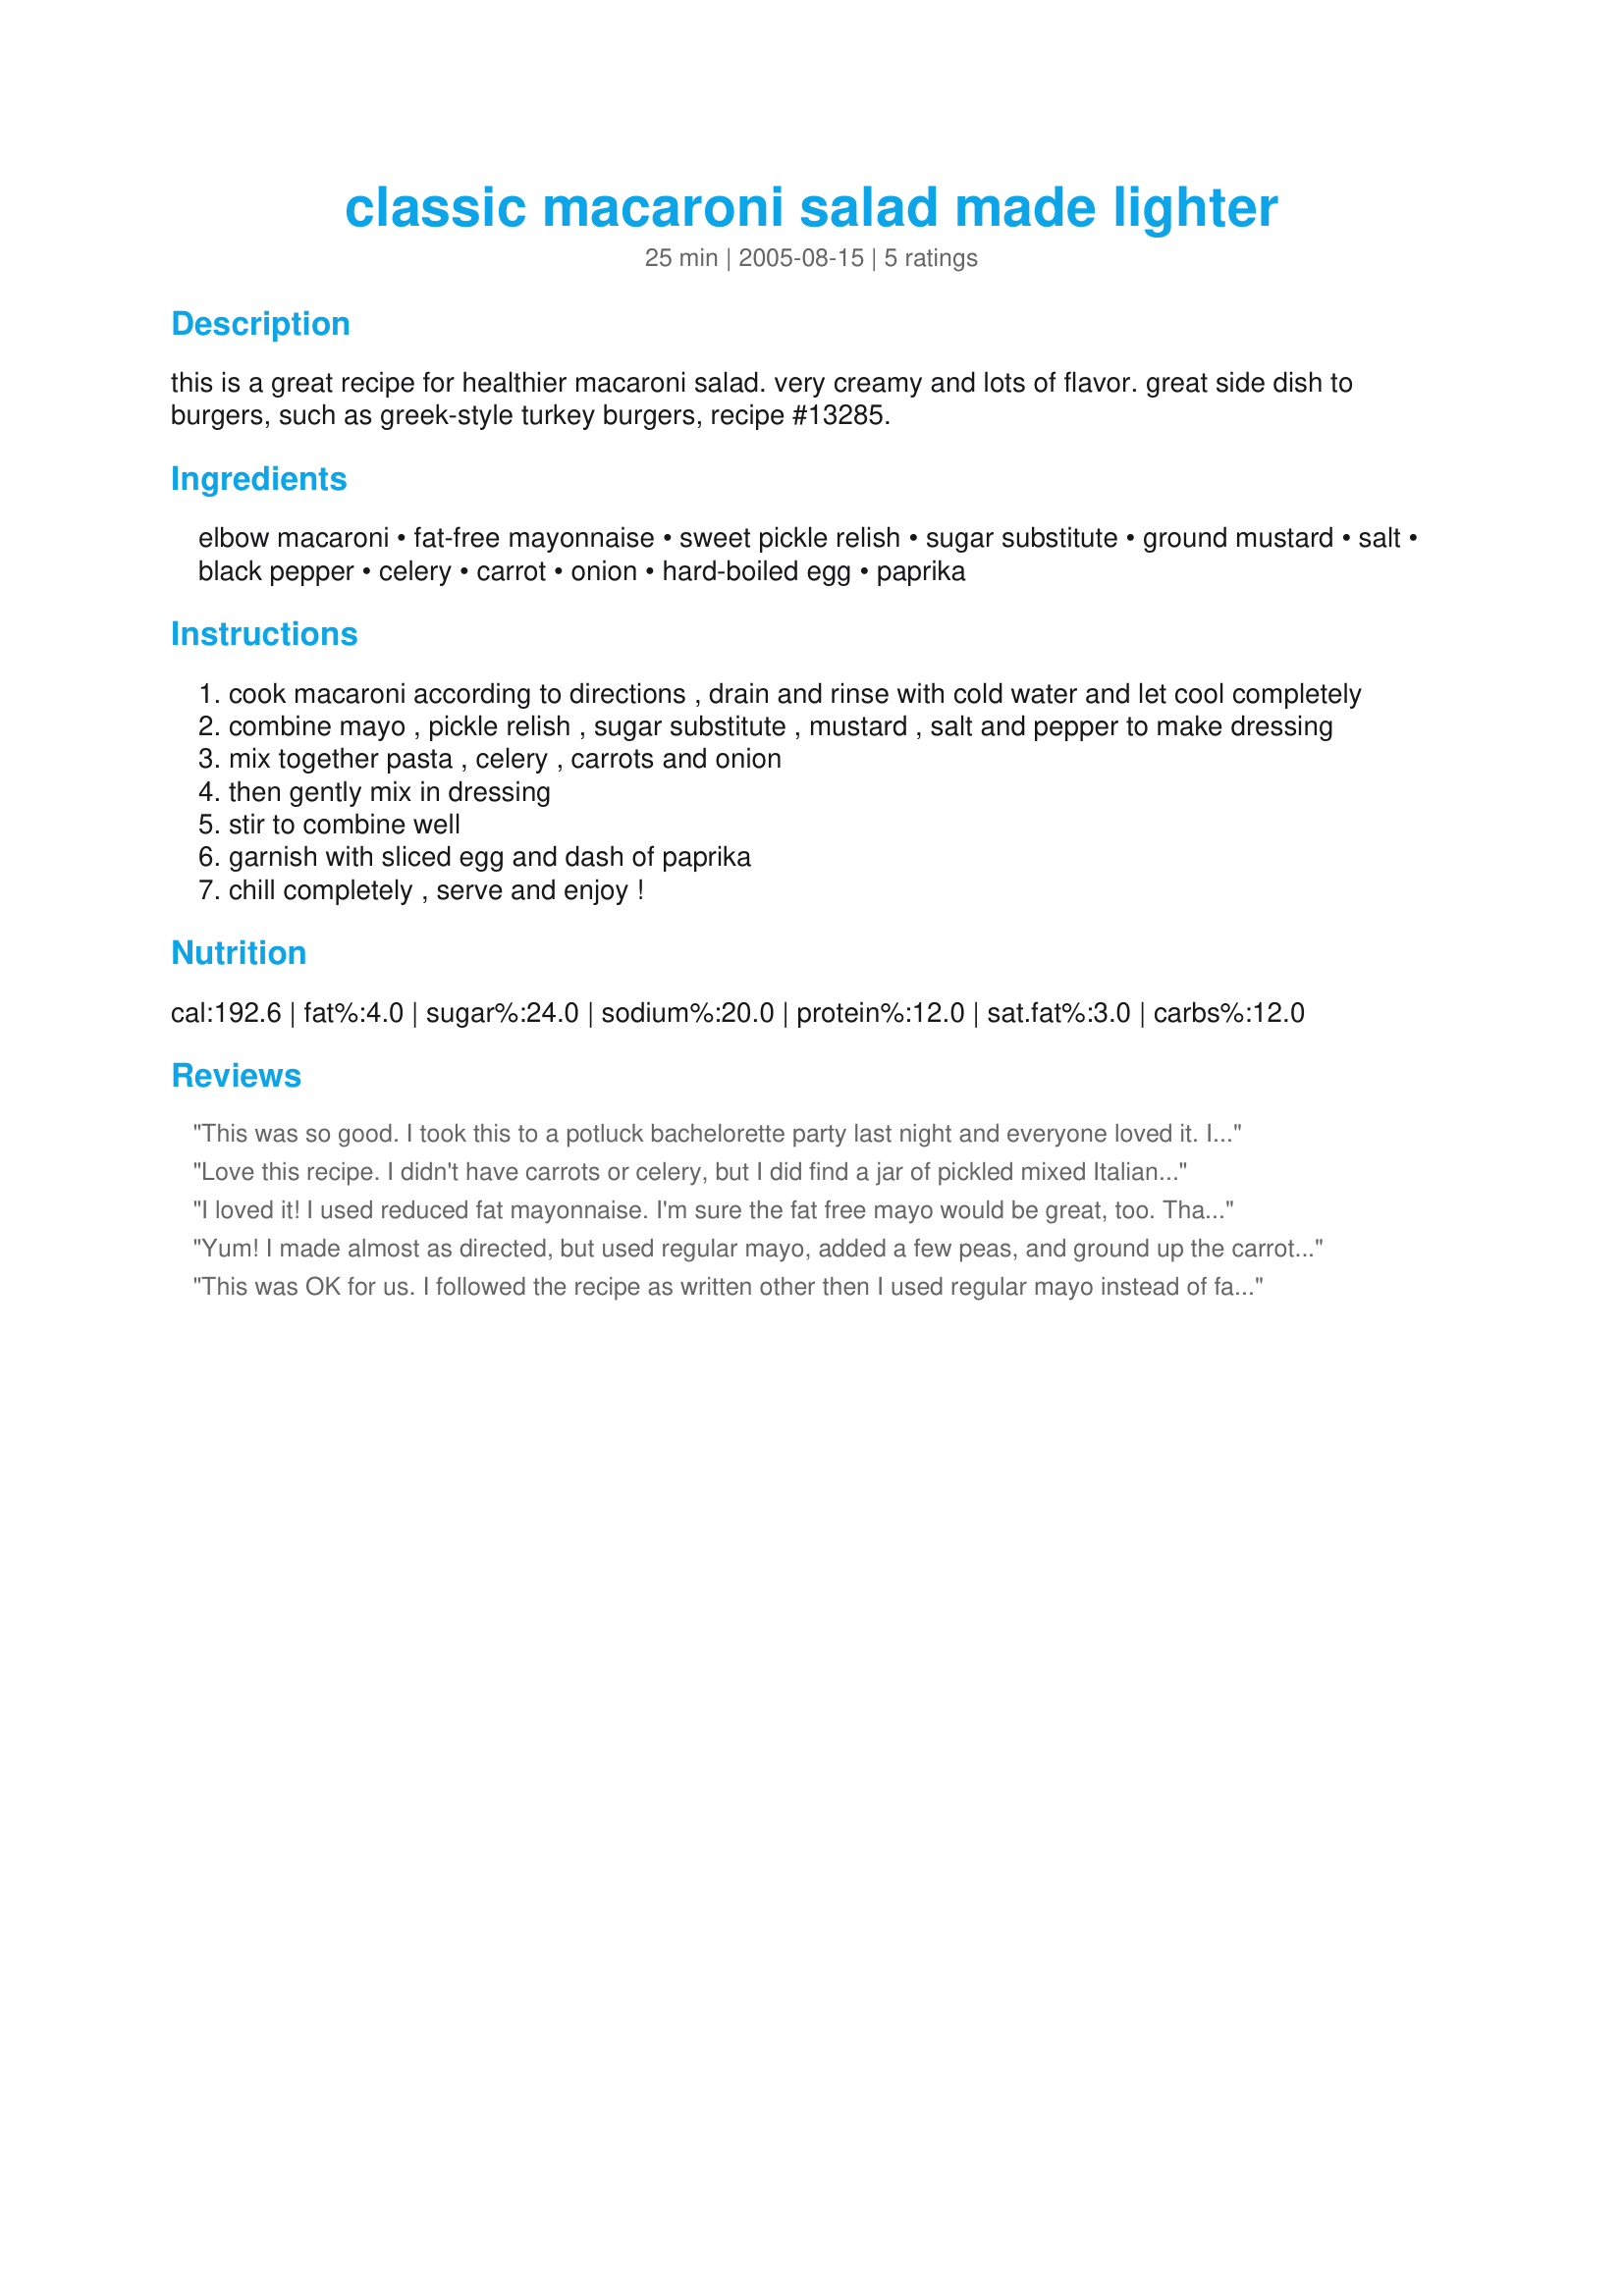
classic macaroni salad made lighter
Preparation time: 25 minutes

this is a great recipe for healthier macaroni salad. very creamy and lots of flavor. great side dish to burgers, such as greek-style turkey burgers, recipe #13285.

Ingredients:
elbow macaroni, fat-free mayonnaise, sweet pickle relish, sugar substitute, ground mustard, salt, black pepper, celery, carrot, onion, hard-boiled egg, paprika

Steps:
cook macaroni according to directions , drain and rinse with cold water and let cool completely
combine mayo , pickle relish , sugar substitute , mustard , salt and pepper to make dressing
mix together pasta , celery , carrots and onion
then gently mix in dressing
stir to combine well
garnish with sliced egg and dash of paprika
chill completely , serve and enjoy !

Reviews:
This was so good. I took this to a potluck bachelorette party last night and everyone loved it. It was virtually gone by the time the party ended and there wasn't a big group (we all had seconds and thirds). It really was delicious.
Love this recipe. I didn't have carrots or celery, but I did find a jar of pickled mixed Italian veggies and picked out the carrots and celery, and you know what, they added a wonderful perky taste!! I def recommend that addition. I also found a green pepper and used half, chopping it finely. I used my homemade relish and chopped up two eggs and mixed them up with the rest. My family really enjoyed the salad.
I loved it! I used reduced fat mayonnaise. I'm sure the fat free mayo would be great, too. Thanx for a lightened up macaroni salad that tastes great!
Yum! I made almost as directed, but used regular mayo, added a few peas, and ground up the carrots, left out the hard boiled egg. I took this to a pot luck and it was much enjoyed! Thank you Karamia!
This was OK for us. I followed the recipe as written other then I used regular mayo instead of fat-free. I also added an extra egg but that was just a personal preference. It seemed to be missing something for us and we thought it needed more "dressing".
